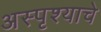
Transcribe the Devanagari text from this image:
अस्पृश्‍याचे